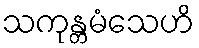
သကုန္တမံသေဟိ